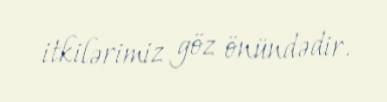
itkilərimiz göz önündədir.